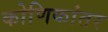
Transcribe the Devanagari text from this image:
कोणिकांतर